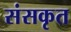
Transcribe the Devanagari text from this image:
संसकृत